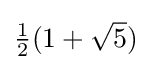
\textstyle {1 \over 2}(1+{\sqrt {5}})